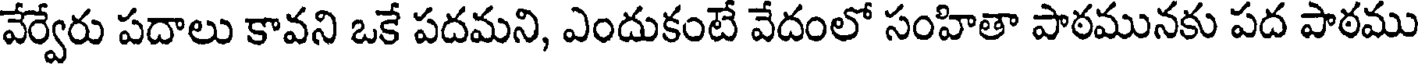
వేర్వేరు పదాలు కావని ఒకే పదమని, ఎందుకంటే వేదంలో సంహితా పాఠమునకు పద పాఠము